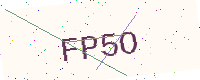
Text: FP5O